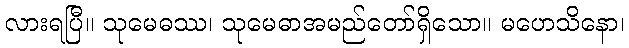
လားရပြီ။ သုမေဓဿ၊ သုမေဓာအမည်တော်ရှိသော။ မဟေသိနော၊